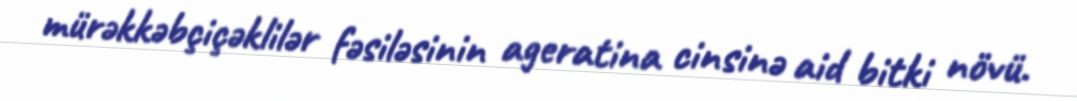
mürəkkəbçiçəklilər fəsiləsinin ageratina cinsinə aid bitki növü.